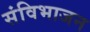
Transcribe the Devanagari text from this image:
संविभाजन